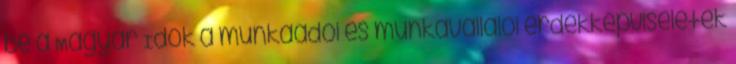
be a Magyar Idők a munkaadói és munkavállalói érdekképviseletek